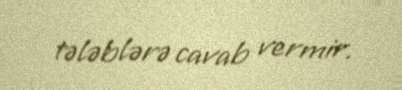
tələblərə cavab vermir.